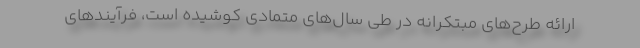
ارائه طرح‌های مبتکرانه در طی سال‌های متمادی کوشیده است، فرآیندهای